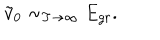
\tilde { v } _ { 0 } \sim _ { T \to \infty } E _ { g r } .